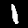
Label: 1